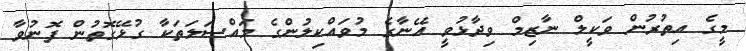
މީގެ އިތުރުން ވަކީލް ނާޒިމް ވިދާޅުވީ އޭނާގެ މުވައްކިލުންގެ މައްސަލަތަކާ ގުޅޭގޮތުން ފޮނުވާ